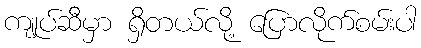
ကျုပ်ဆီမှာ ရှိတယ်လို့ ပြောလိုက်စမ်းပါ